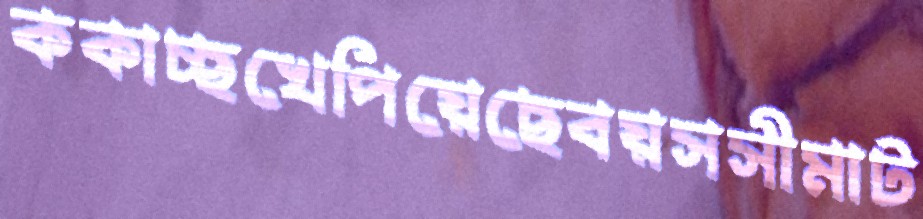
ককাচ্ছখেপিয়েছেবয়সসীমাট